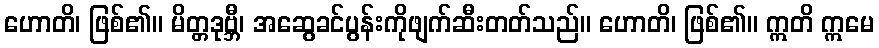
ဟောတိ၊ ဖြစ်၏။ မိတ္တဒုဗ္ဘီ၊ အဆွေခင်ပွန်းကိုဖျက်ဆီးတတ်သည်။ ဟောတိ၊ ဖြစ်၏။ ဣတိ ဣမေ